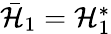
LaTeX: \begin{array}{r}{\bar{\cal H}_{1}={\cal H}_{1}^{*}}\end{array}